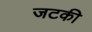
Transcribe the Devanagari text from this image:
जटकी